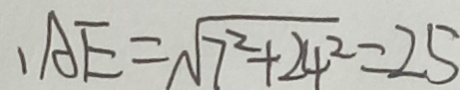
A E = \sqrt { 7 ^ { 2 } + 2 4 ^ { 2 } } = 2 5